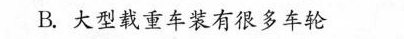
B.大型载重车装有很多车轮